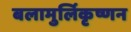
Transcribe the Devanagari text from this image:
बलामुर्लिकृष्णन